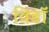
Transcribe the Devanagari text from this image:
विडाॅ